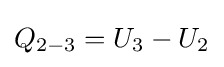
Q_{2-3}=U_{3}-U_{2}